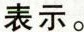
表示。